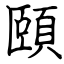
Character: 頤